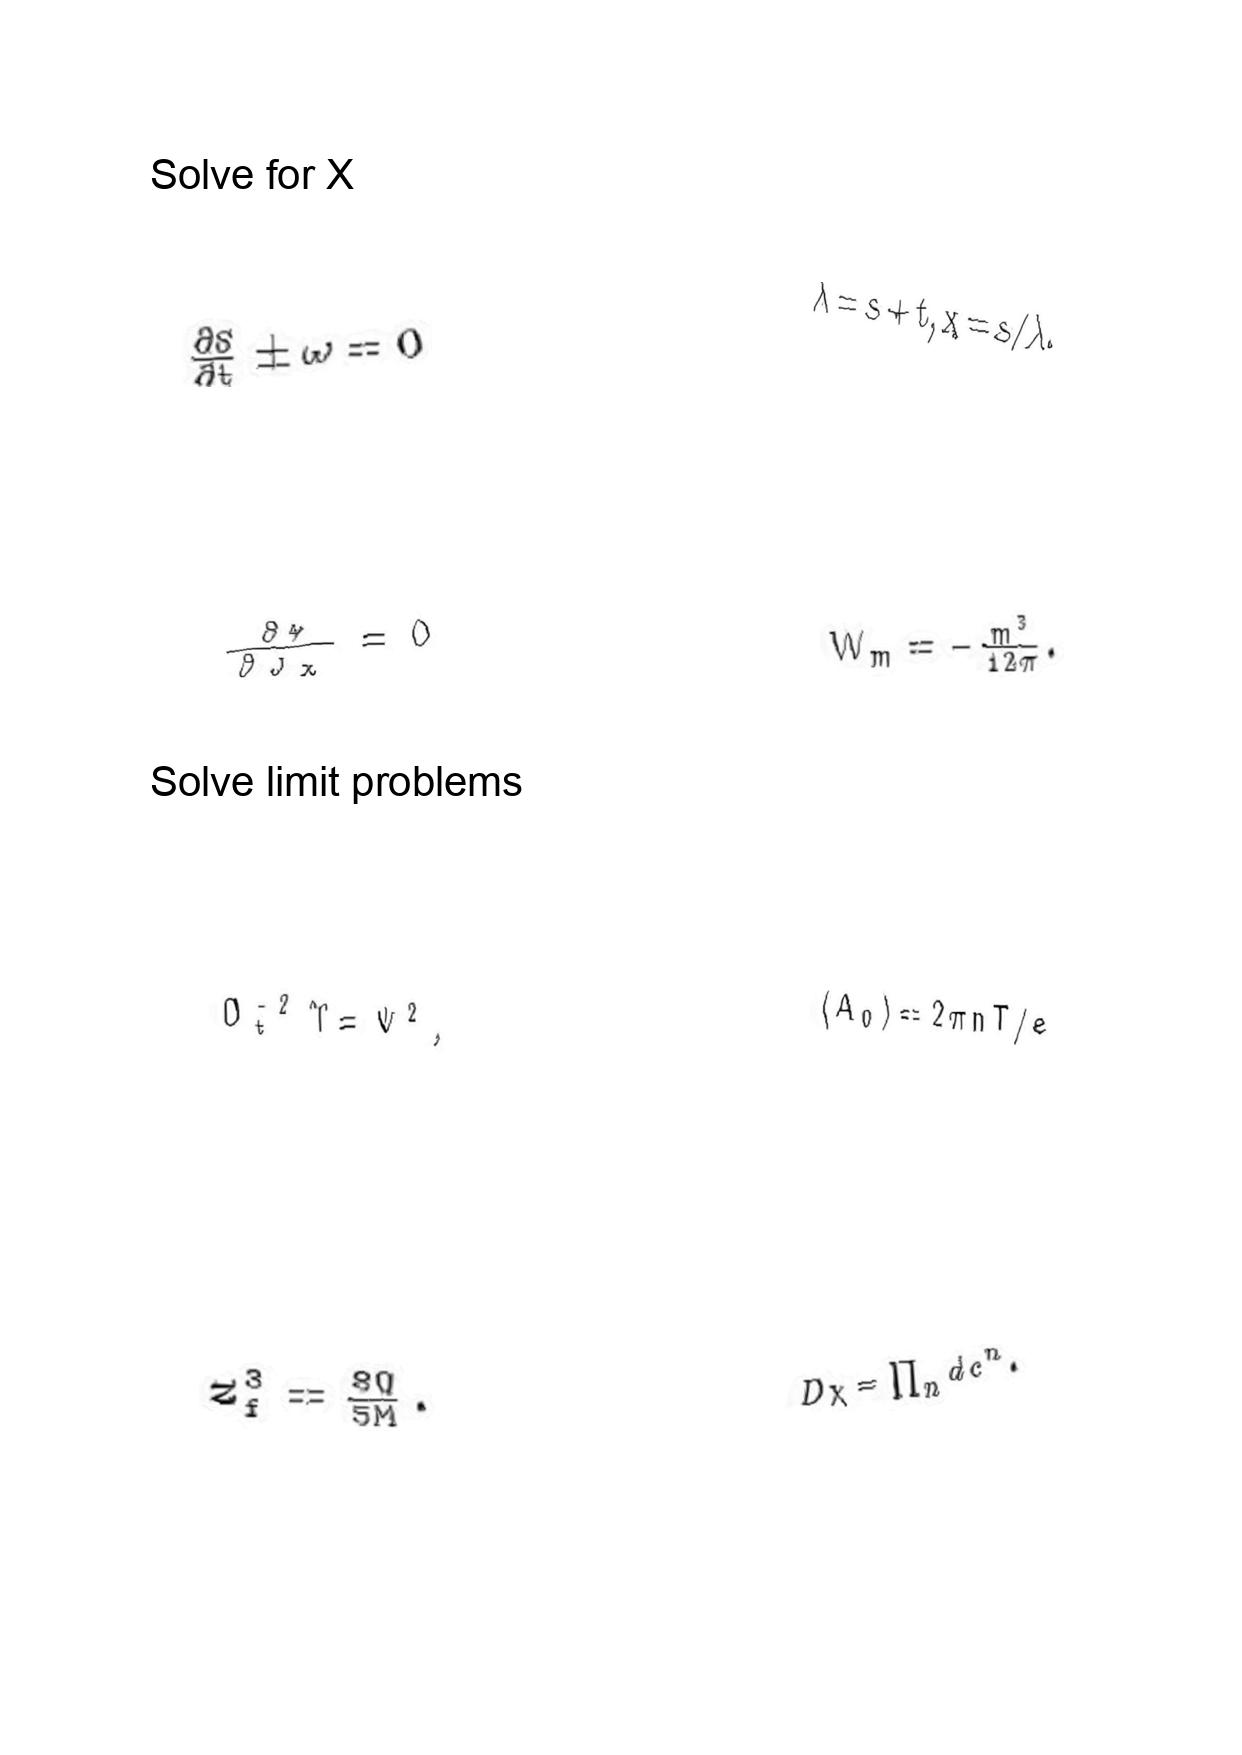
LaTeX transcription:
\frac { \partial S } { \partial t } \pm \omega = 0
\frac { \partial \Phi } { \partial J _ { x } } = 0
D _ { t } ^ { - 2 } \Upsilon = \Psi ^ { 2 } ,
z _ { f } ^ { 3 } = \frac { 8 Q } { 5 M } .
\lambda = s + t , x = s / \lambda .
W _ { m } = - \frac { m ^ { 3 } } { 1 2 \pi } .
\langle A _ { 0 } \rangle = 2 \pi n T / e
D \chi = \prod _ { n } d c ^ { n } .